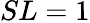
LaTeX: SL=1